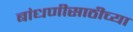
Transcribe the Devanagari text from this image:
बांधणीसाठीच्या